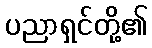
ပညာရှင်တို့၏